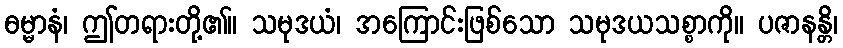
ဓမ္မာနံ၊ ဤတရားတို့၏။ သမုဒယံ၊ အကြောင်းဖြစ်သော သမုဒယသစ္စာကို။ ပဇာနန္တိ၊